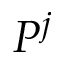
P ^ { j }